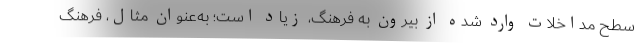
سطح مداخلات وارد شده از بیرون به فرهنگ، زیاد است؛ به‌عنوان مثال، فرهنگ